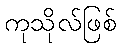
ကုသိုလ်ဖြစ်